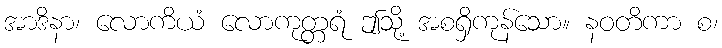
အာဒိနာ၊ လောကိယံ လောကုတ္တရံ ဤသို့ အစရှိကုန်သော။ နဝတိကာ စ၊